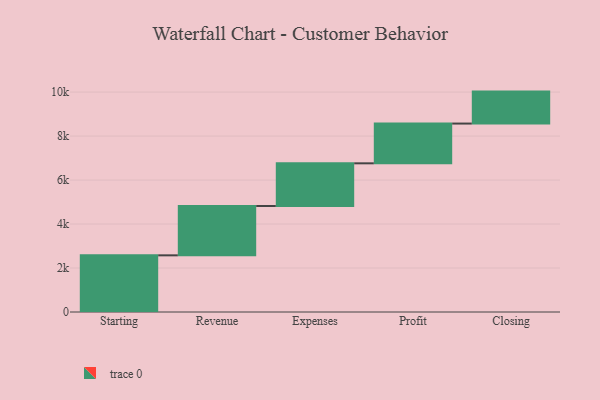
{"axis": {"x": "Step", "y": "Value"}, "legend": [""], "data": [{"x": "Starting", "y": 2576.0, "type": ""}, {"x": "Revenue", "y": 2243.0, "type": ""}, {"x": "Expenses", "y": 1941.0, "type": ""}, {"x": "Profit", "y": 1808.0, "type": ""}, {"x": "Closing", "y": 1453.0, "type": ""}]}